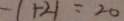
- 1 + 2 1 = 2 0